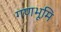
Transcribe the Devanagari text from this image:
गणभूमि